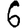
Digit: 6